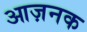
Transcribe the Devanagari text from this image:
आज़नक